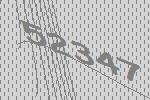
52347